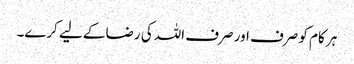
ہر کام کو صرف اور صرف اللہ کی رضا کے لیے کرے۔